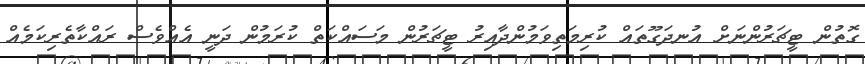
ގޮތުން ޓީޗަރުންނަށް އުނދަގޫތައް ކުރިމަތިވަމުންދާއިރު ޓީޗަރުން މަސައްކަތް ކުރަމުން ދަނީ އެއްވެސް ރައްކާތެރިކަމެއް